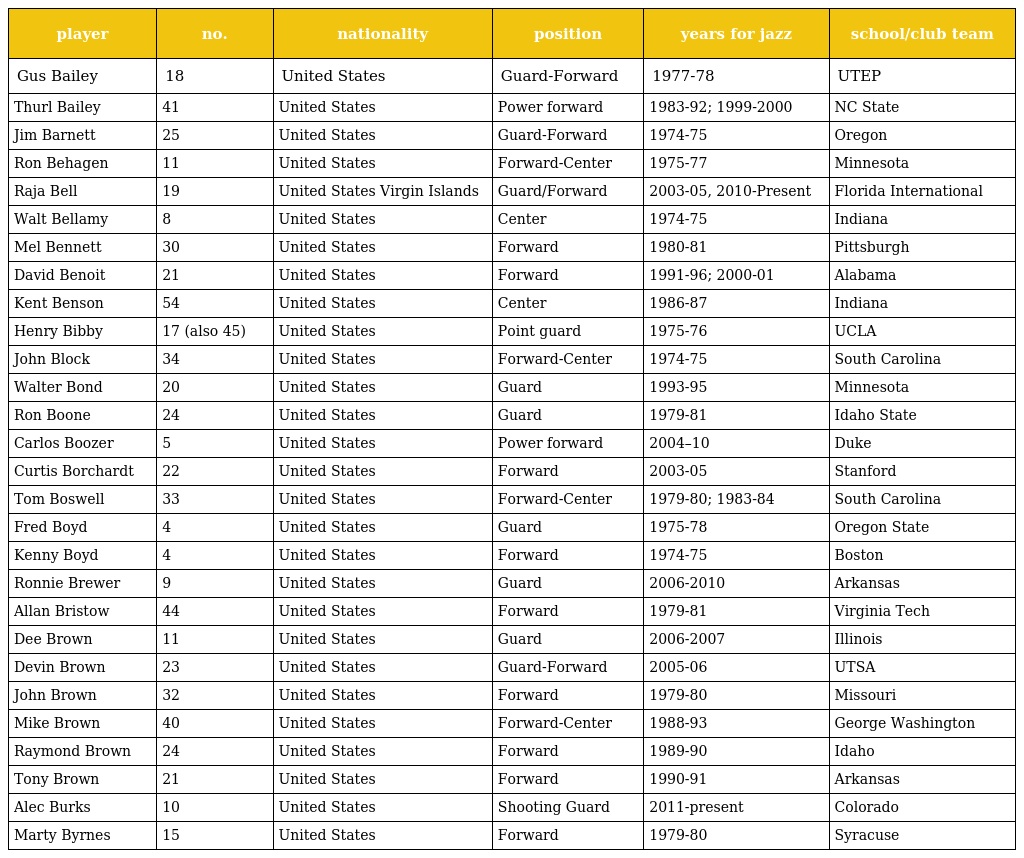
| player | no. | nationality | position | years for jazz | school/club team |
 | --- | --- | --- | --- | --- | --- |
 | Gus Bailey | 18 | United States | Guard-Forward | 1977-78 | UTEP |
 | Thurl Bailey | 41 | United States | Power forward | 1983-92; 1999-2000 | NC State |
 | Jim Barnett | 25 | United States | Guard-Forward | 1974-75 | Oregon |
 | Ron Behagen | 11 | United States | Forward-Center | 1975-77 | Minnesota |
 | Raja Bell | 19 | United States Virgin Islands | Guard/Forward | 2003-05, 2010-Present | Florida International |
 | Walt Bellamy | 8 | United States | Center | 1974-75 | Indiana |
 | Mel Bennett | 30 | United States | Forward | 1980-81 | Pittsburgh |
 | David Benoit | 21 | United States | Forward | 1991-96; 2000-01 | Alabama |
 | Kent Benson | 54 | United States | Center | 1986-87 | Indiana |
 | Henry Bibby | 17 (also 45) | United States | Point guard | 1975-76 | UCLA |
 | John Block | 34 | United States | Forward-Center | 1974-75 | South Carolina |
 | Walter Bond | 20 | United States | Guard | 1993-95 | Minnesota |
 | Ron Boone | 24 | United States | Guard | 1979-81 | Idaho State |
 | Carlos Boozer | 5 | United States | Power forward | 2004–10 | Duke |
 | Curtis Borchardt | 22 | United States | Forward | 2003-05 | Stanford |
 | Tom Boswell | 33 | United States | Forward-Center | 1979-80; 1983-84 | South Carolina |
 | Fred Boyd | 4 | United States | Guard | 1975-78 | Oregon State |
 | Kenny Boyd | 4 | United States | Forward | 1974-75 | Boston |
 | Ronnie Brewer | 9 | United States | Guard | 2006-2010 | Arkansas |
 | Allan Bristow | 44 | United States | Forward | 1979-81 | Virginia Tech |
 | Dee Brown | 11 | United States | Guard | 2006-2007 | Illinois |
 | Devin Brown | 23 | United States | Guard-Forward | 2005-06 | UTSA |
 | John Brown | 32 | United States | Forward | 1979-80 | Missouri |
 | Mike Brown | 40 | United States | Forward-Center | 1988-93 | George Washington |
 | Raymond Brown | 24 | United States | Forward | 1989-90 | Idaho |
 | Tony Brown | 21 | United States | Forward | 1990-91 | Arkansas |
 | Alec Burks | 10 | United States | Shooting Guard | 2011-present | Colorado |
 | Marty Byrnes | 15 | United States | Forward | 1979-80 | Syracuse |